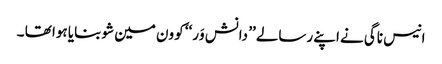
انیس ناگی نے اپنے رسالے ’’ دانش وَر‘‘ کو ون مین شو بنایا ہوا تھا ۔